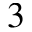
^ { 3 }